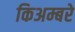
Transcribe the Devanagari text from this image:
किअम्बरे